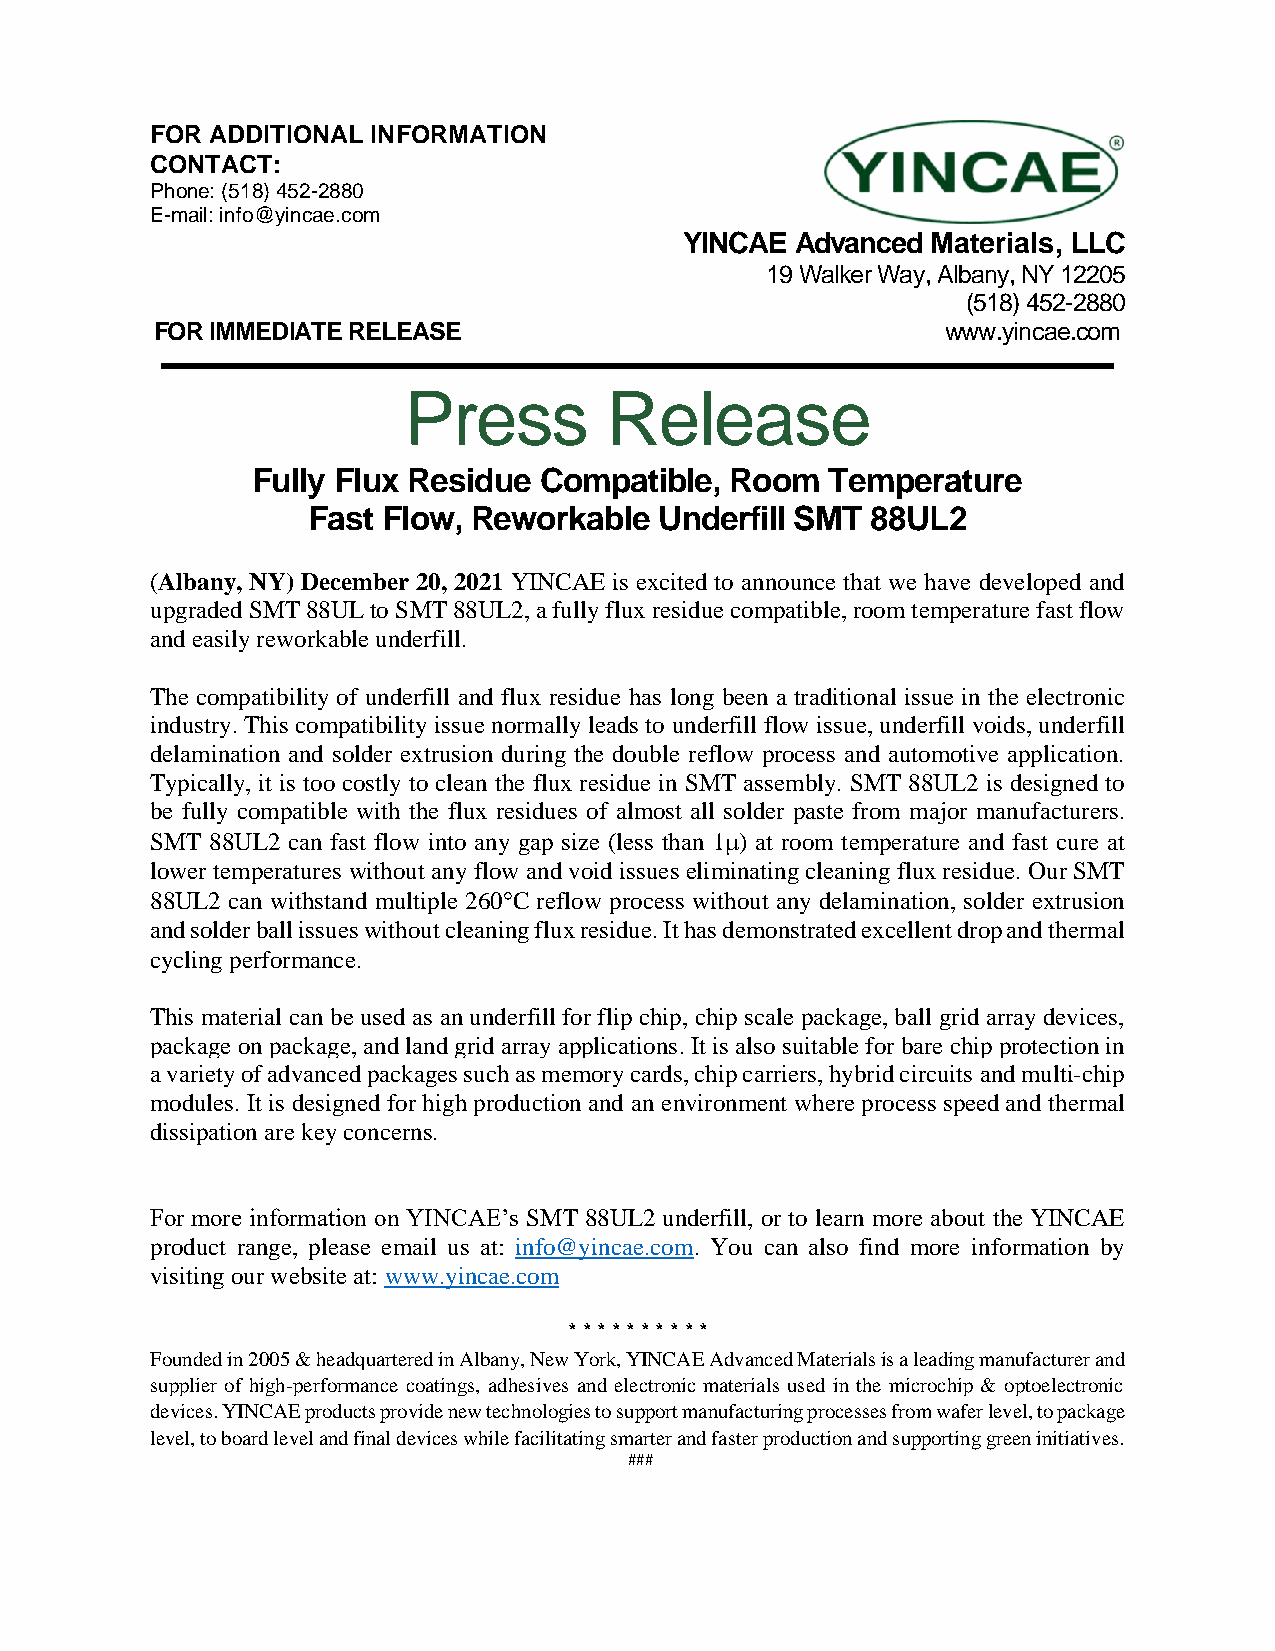
FOR ADDITIONAL INFORMATION
 CONTACT:
 Phone: (518) 452-2880
 E-mail: info@yincae.com
 YINCAE  Advanced Materials, LLC
 19 Walker Way, Albany, NY 12205
 (518) 452-2880
 FOR IMMEDIATE RELEASE                                www.yincae.com
 Press        Release
 Fully Flux Residue Compatible, Room   Temperature
 Fast Flow, Reworkable   Underfill SMT 88UL2
 (Albany, NY) December 20, 2021 YINCAE is excited to announce that we have developed and
 upgraded SMT 88UL to SMT 88UL2, a fully flux residue compatible, room temperature fast flow
 and easily reworkable underfill.
 The compatibility of underfill and flux residue has long been a traditional issue in the electronic
 industry. This compatibility issue normally leads to underfill flow issue, underfill voids, underfill
 delamination and solder extrusion during the double reflow process and automotive application.
 Typically, it is too costly to clean the flux residue in SMT assembly. SMT 88UL2 is designed to
 be fully compatible with the flux residues of almost all solder paste from major manufacturers.
 SMT 88UL2 can fast flow into any gap size (less than 1) at room temperature and fast cure at
 lower temperatures without any flow and void issues eliminating cleaning flux residue. Our SMT
 88UL2 can withstand multiple 260C reflow process without any delamination, solder extrusion
 and solder ball issues without cleaning flux residue. It has demonstrated excellent drop and thermal
 cycling performance.
 This material can be used as an underfill for flip chip, chip scale package, ball grid array devices,
 package on package, and land grid array applications. It is also suitable for bare chip protection in
 a variety of advanced packages such as memory cards, chip carriers, hybrid circuits and multi-chip
 modules. It is designed for high production and an environment where process speed and thermal
 dissipation are key concerns.
 For more information on YINCAE’s SMT 88UL2 underfill, or to learn more about the YINCAE
 product range, please email us at: info@yincae.com. You can also find more information by
 visiting our website at: www.yincae.com
 * * * * * * * * * *
 Founded in 2005 & headquartered in Albany, New York, YINCAE Advanced Materials is a leading manufacturer and
 supplier of high-performance coatings, adhesives and electronic materials used in the microchip & optoelectronic
 devices. YINCAE products provide new technologies to support manufacturing processes from wafer level, to package
 level, to board level and final devices while facilitating smarter and faster production and supporting green initiatives.
 ###